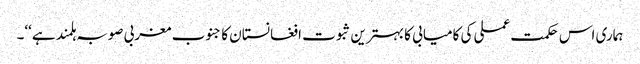
ہماری اس حکمت عملی کی کامیابی کا بہترین ثبوت افغانستان کا جنوب مغربی صوبہ ہلمند ہے‘‘۔